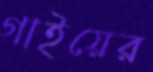
গাইয়ের